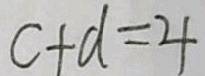
c + d = 4